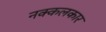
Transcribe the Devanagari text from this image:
नक्कलकार